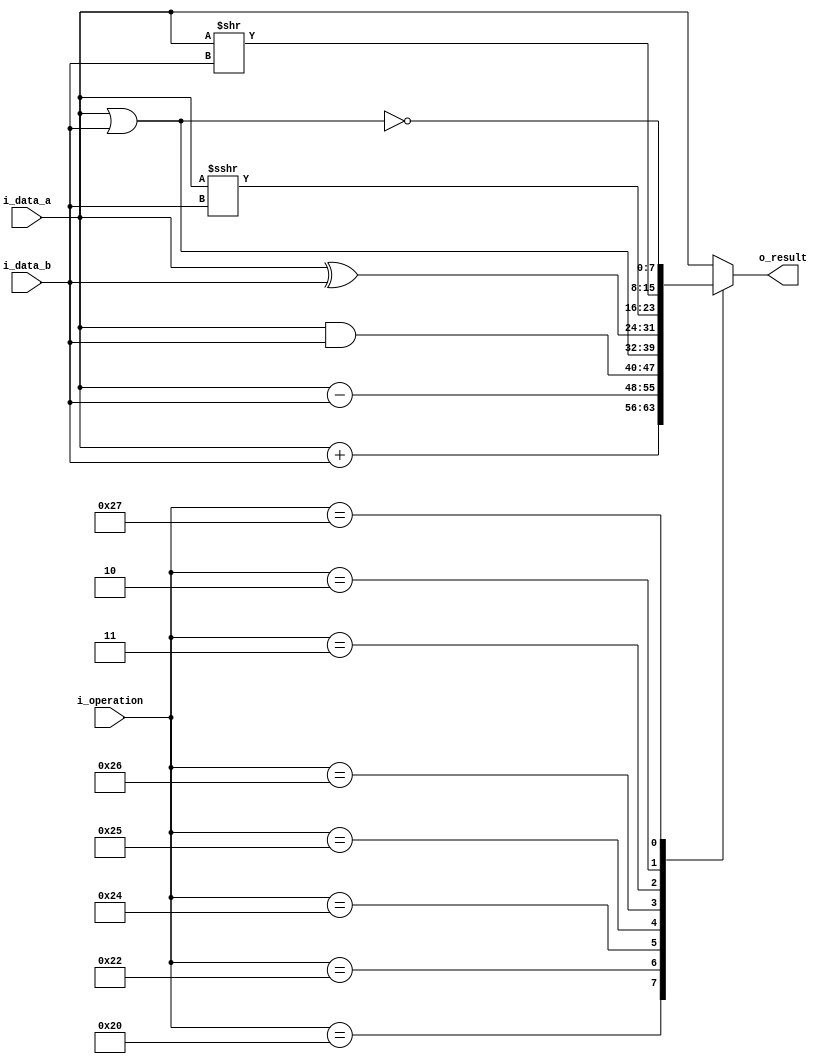
`timescale 1ns / 1ps
//////////////////////////////////////////////////////////////////////////////////
// Company: 
// Engineer: 
// 
// Design Name: 
// Module Name: ALU
// Project Name: 
// Target Devices: 
// Tool Versions: 
// Description: 
// 
// Dependencies: 
// 
// Revision:
// Revision 0.01 - File Created
// Additional Comments:
// 
//////////////////////////////////////////////////////////////////////////////////


module ALU
  #(
  //PARAMETROS
  parameter NB_DATA = 8,
            NB_OP   = 6
  )
(
  //INPUTS
  input wire        [NB_OP-1: 0]        i_operation,
  input wire signed [NB_DATA - 1: 0]    i_data_a,
  input wire signed [NB_DATA - 1: 0]    i_data_b,
  //OUTPUTS
  output reg signed [NB_DATA - 1: 0]    o_result
);

always @(*) begin
  case (i_operation)
    6'b100000: o_result = i_data_a + i_data_b;      //Suma
    6'b100010: o_result = i_data_a - i_data_b;      //Resta
    6'b100100: o_result = i_data_a & i_data_b;      //AND
    6'b100101: o_result = i_data_a | i_data_b;      //OR
    6'b100110: o_result = i_data_a ^ i_data_b;      //XOR
    6'b000011: o_result = i_data_a >>> i_data_b;    //
    6'b000010: o_result = i_data_a >> i_data_b;     //
    6'b100111: o_result = ~(i_data_a | i_data_b);   //
    default: o_result = i_data_a;
  endcase
end

endmodule